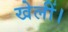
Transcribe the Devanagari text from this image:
खेलीं।